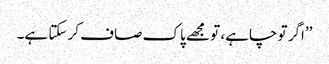
’’اگر تو چاہے، تو مجھے پاک صاف کر سکتا ہے۔